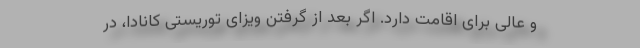
و عالی برای اقامت دارد. اگر بعد از گرفتن ویزای توریستی کانادا، در